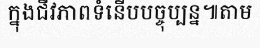
ក្នុងជីវភាពទំនើបបច្ចុប្បន្ន៕តាម